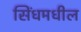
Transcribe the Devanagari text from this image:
सिंधमधील